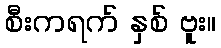
စီးကရက် နှစ် ဗူး။